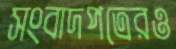
সংবাদপত্রেরও